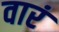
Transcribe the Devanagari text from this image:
वारं